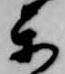
楽